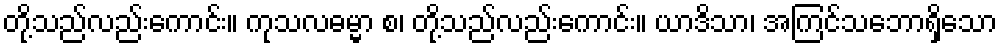
တို့သည်လည်းကောင်း။ ကုသလဓမ္မာ စ၊ တို့သည်လည်းကောင်း။ ယာဒိသာ၊ အကြင်သဘောရှိသော